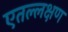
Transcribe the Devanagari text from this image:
एतल्लक्षण